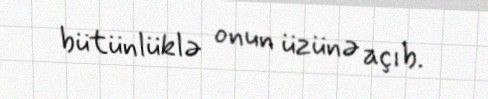
bütünlüklə onun üzünə açıb.